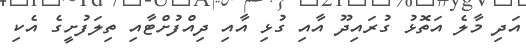
އަދި މާލެ އަތޮޅު ގުރައިދޫ އާއި ގުޅި އާއި ދިއްފުށްޓާއި ތިލަފުށީގެ އެކި